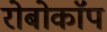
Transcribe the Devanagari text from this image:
रोबोकाॅप